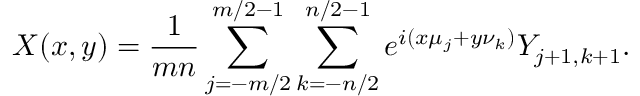
X ( x , y ) = \frac { 1 } { m n } \sum _ { j = - m / 2 } ^ { m / 2 - 1 } \sum _ { k = - n / 2 } ^ { n / 2 - 1 } e ^ { i ( x \mu _ { j } + y \nu _ { k } ) } Y _ { j + 1 , k + 1 } .